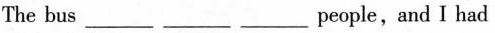
The bus___ ___ ___people,and I had